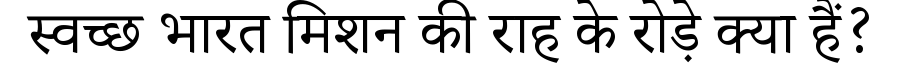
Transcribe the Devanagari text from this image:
स्वच्छ भारत मिशन की राह के रोड़े क्या हैं?